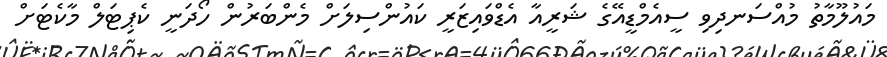
މައުލޫމާތު މުއްސަނދިވި ސީއެމްޑީއޭގެ ޝަރީއާ އެޑްވައިޒަރީ ކައުންސިލަށް މެންބަރުން ހޯދަނީ ކެޕިޓަލް މާކެޓަށް